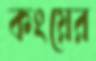
কংয়ের